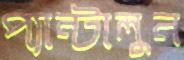
প্যান্টালুন